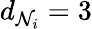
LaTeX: d_{\mathcal{N}_{i}}=3